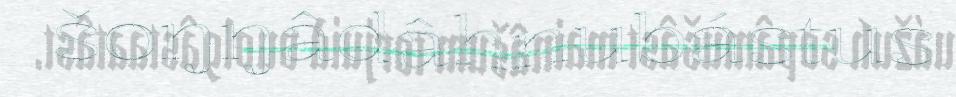
šoŋŋâdâhnubástus